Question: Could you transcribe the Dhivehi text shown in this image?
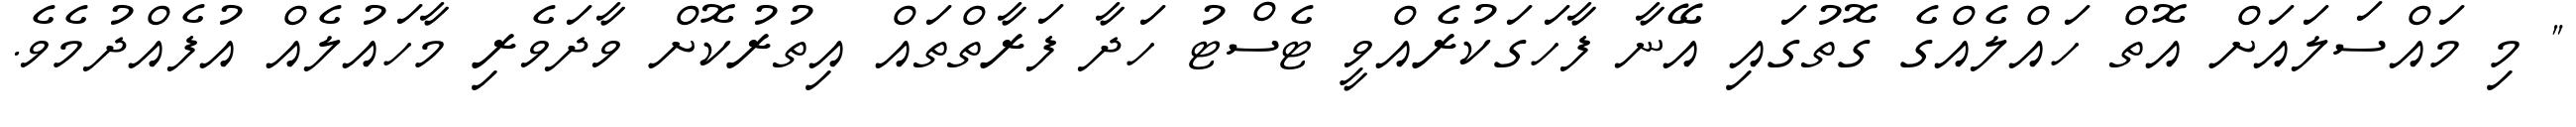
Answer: " މި މައްސަލައަށް އޮތް ހައްލެއްގެ ގޮތުގައި އޭނާ ފާހަގަކުރެއްވީ ޓެސްޓު ހަދާ ފަރާތްތައް އިތުރުކޮށް ވާދަވެރި މާހައުލެއް އުފެއްދުމެވެ.